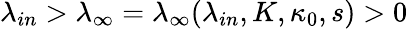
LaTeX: \lambda_{in}>\lambda_{\infty}=\lambda_{\infty}(\lambda_{in},K,\kappa_{0},s)>0